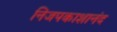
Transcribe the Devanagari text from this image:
निजपकाशानंद